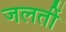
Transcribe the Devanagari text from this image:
जलतीं